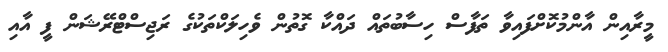
މީރާއިން އާންމުކޮށްފައިވާ ތަފާސް ހިސާބުތައް ދައްކާ ގޮތުން ވެހިލަކްތަކުގެ ރަޖިސްޓްރޭޝަން ފީ އާއި